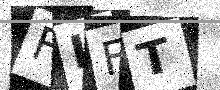
Text: FLFT